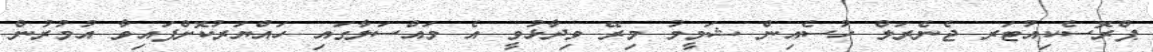
ޕްރޮސެކިއުޓަރ ޖެނެރަލް ހުސެއިން ޝަމީމު މިރޭ ވިދާޅުވީ އެ މައްސަލާގައި ހައްޔަރުކޮށްފައިވާ އުމުރުން